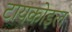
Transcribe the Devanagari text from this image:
टायकोइल